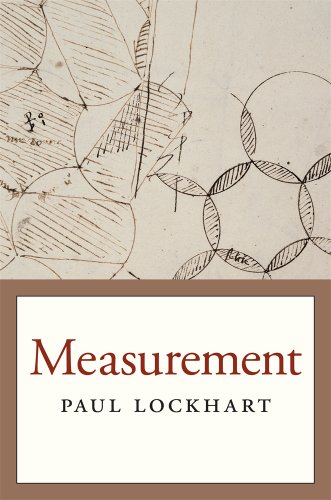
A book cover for Measurement; Paul Lockhart; Science & Math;